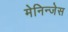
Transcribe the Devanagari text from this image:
मेनिन्जेस